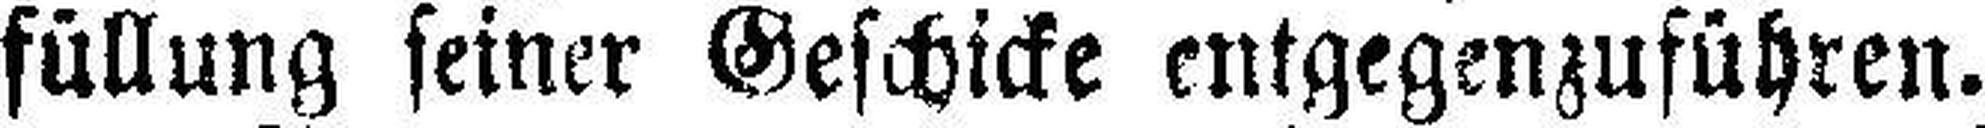
füllung seiner Geschicke entgegenzuführen.